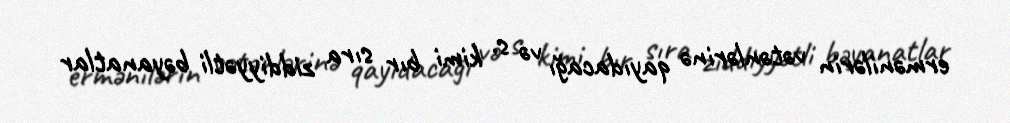
ermənilərin vətənlərinə qayıdacağı və s. kimi bır sıra ziddiyyətli bəyanatlar